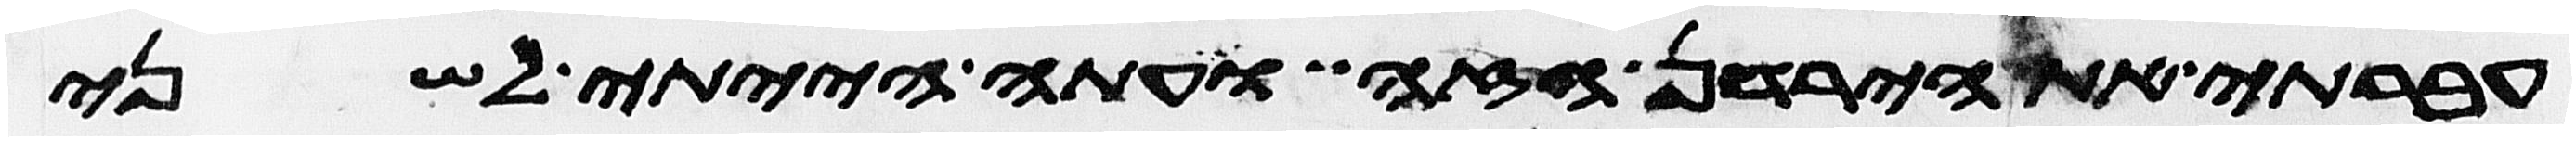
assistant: עברתי את הירדן הזה ועתה הייתי לשני